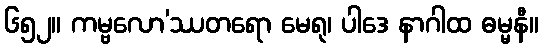
၆၅၂။ ကမ္ဗလော’ဿတရော မေရု၊ ပါဒေ နာဂါထ ဓမ္မနီ။